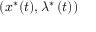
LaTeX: \left( x ^ { \ast } ( t ) , \lambda ^ { \ast } \left( t \right) \right)